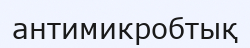
антимикробтық